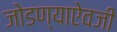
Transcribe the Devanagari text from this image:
जोडण्याऐवजी